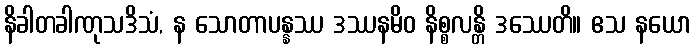
နိခါတခါဏုသဒိသံ, န သောတာပန္နဿ ဒဿနမိဝ နိစ္စလန္တိ ဒဿေတိ။ ဧသ နယော